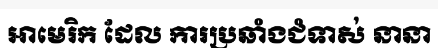
អាមេរិក ដែល ការប្រឆាំងជំទាស់ នានា